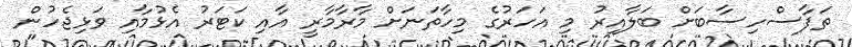
ތަފާސްހިސާބަށް ބަލާއިރު މި އަހަރުގެ މިހާތަނަށް މާރާމާރީ އާއި ކަޓަރު އެޅުމާއި ވަޅިޖެހުން